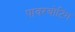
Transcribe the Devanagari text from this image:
पावरबोटिंग